Medical and sanitary report of the native army of Madras for the year
Year: 1877
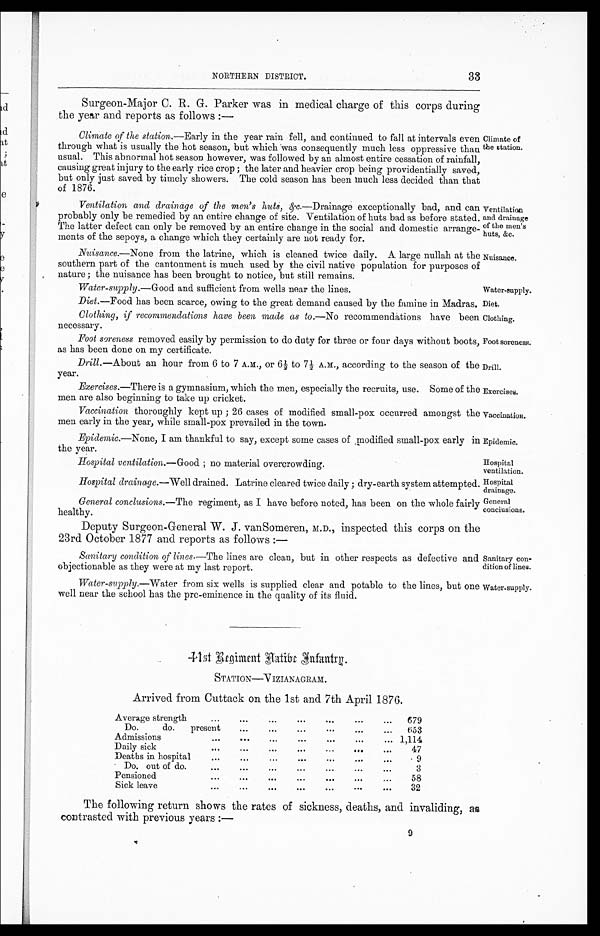
Water-supply.
Diet.
Clothing.
Foot soreness.
Drill.
Exercises.
Vaccination.
Hospital
drainage.
General
conciusions.
Sanitary con-
dition of lines.
Water-supply.
NORTHERN DISTRICT.
33
Surgeon-Major C. R. G. Parker was in medical charge of this corps during
the year and reports as follows:—
Climate of the station. —Early in the year rain fell, and continued to fall at intervals even
through what is usually the hot season, but which was consequently much less oppressive than
usual. This abnormal hot season however, was followed by an almost entire cessation of rainfall,
causing great injury to the early rice crop; the later and heavier crop being providentially saved,
but only just saved by timely showers. The cold season has been much less decided than that
of 1876.
Ventilation and drainage of the men's huts, &c. —Drainage exceptionally bad, and can
probably only be remedied by an entire change of site. Ventilation of huts bad as before stated.
The latter defect can only be removed by an entire change in the social and domestic arrange-
ments of the sepoys, a change which they certainly are not ready for.
Climate of
the station.
Ventilation
and drainage
of the men's
huts, &c.
Nuisance.—None from the latrine, which is cleaned twice daily. A large nullah at the
southern part of the cantonment is much used by the civil native population for purposes of
nature; the nuisance has been brought to notice, but still remains.
Water-supply .—Good and sufficient from wells near the lines.
Diet .—Food has been scarce, owing to the great demand caused by the famine in Madras.
Clothing, if recommendations have been made as to. —No recommendations have been
necessary.
Foot soreness removed easily by permission to do duty for three or four days without boots,
as has been done on my certificate.
Drill .—About an hour from 6 to 7 A.M., or 6½ to 7½ A.M., according to the season of the
year.
Exercises. —There is a gymnasium, which the men, especially the recruits, use. Some of the
men are also beginning to take up cricket.
Vaccination thoroughly kept up; 26 cases of modified small-pox occurred amongst the
men early in the year, while small-pox prevailed in the town.
Nuisance.
Epidemic
.—None, I am thankful to say, except some cases of modified small-pox early in
the year.
Epidemic.
Hospital
ventilation.
Hospital ventilation. —Good; no material overcrowding.
Hospital drainage .—Well drained. Latrine cleared twice daily; dry-earth system attempted.
General conclusions. —The regiment, as I have before noted, has been on the whole fairly
healthy.
Deputy Surgeon-General W. J. vanSomeren, M.D., inspected this corps on the
23rd October 1877 and reports as follows:—
Sanitary condition of lines .—The lines are clean, but in other respects as defective and
objectionable as they were at my last report.
Water-supply.—Water from six wells is supplied clear and potable to the lines, but one
well near the school has the pre-eminence in the quality of its fluid.
4 1 s t R e g i m e n t N a t i v e I n f a n t r y .
STATION—VIZIANAGRAM.
Arrived from Cuttack on the 1st and 7th April 1876.
Average strength
679
Do. do. present
653
Admissions
1,114
Daily sick
47
Deaths in hospital
9
Do. out of do.
3
Pensioned
58
Sick leave
32
The following return shows the rates of sickness, deaths, and invaliding, as
contrasted with previous years:—
9